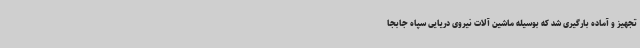
تجهیز و آماده بارگیری شد که بوسیله ماشین آلات نیروی دریایی سپاه جابجا